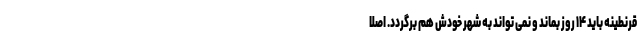
قرنطینه باید ۱۴ روز بماند و نمی تواند به شهر خودش هم برگردد. اصلا